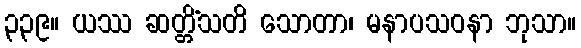
၃၃၉။ ယဿ ဆတ္တိံသတိ သောတာ၊ မနာပသဝနာ ဘုသာ။